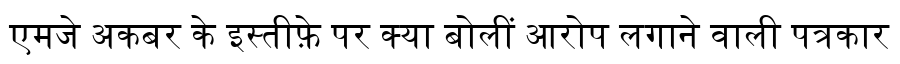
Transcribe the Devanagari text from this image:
एमजे अकबर के इस्तीफ़े पर क्या बोलीं आरोप लगाने वाली पत्रकार